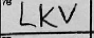
Transcription: LKV